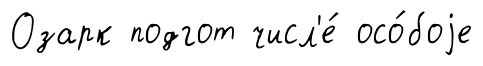
Озарк подгот числ'е́ осо́боjе